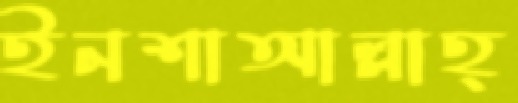
ইনশাআল্লাহ্